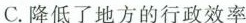
C.降低了地方的行政效率